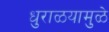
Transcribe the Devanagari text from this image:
धुराळयामुळे